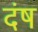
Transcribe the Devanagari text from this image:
दंष